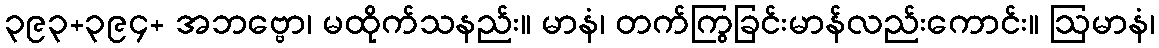
၃၉၃+၃၉၄+ အဘဗ္ဗော၊ မထိုက်သနည်း။ မာနံ၊ တက်ကြွခြင်းမာန်လည်းကောင်း။ ဩမာနံ၊